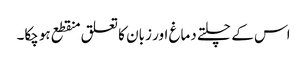
اس کے چلتے دماغ اور زبان کا تعلق منقطع ہوچکا۔